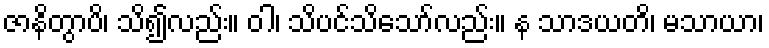
ဇာနိတွာပိ၊ သိ၍လည်း။ ဝါ၊ သိပင်သိသော်လည်း။ န သာဒယတိ၊ မသာယာ၊